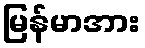
မြန်မာအား